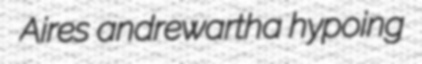
Aires andrewartha hypoing